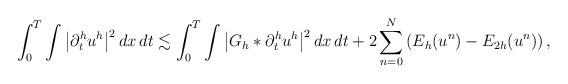
LaTeX: \begin{align*} \int_0^T\int \big|\partial_t^h u^h\big|^2\,dx\,dt \lesssim \int_0^T\int \big| G_h\ast \partial_t^h u^h\big|^2 \,dx\,dt +2 \sum_{n=0}^N \left( E_h(u^n)- E_{2h}(u^n) \right), \end{align*}